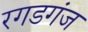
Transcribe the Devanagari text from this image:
रगडगंज